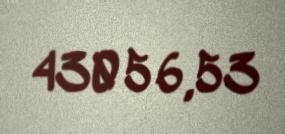
43056,53